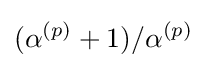
(\alpha ^{(p)}+1)/\alpha ^{(p)}